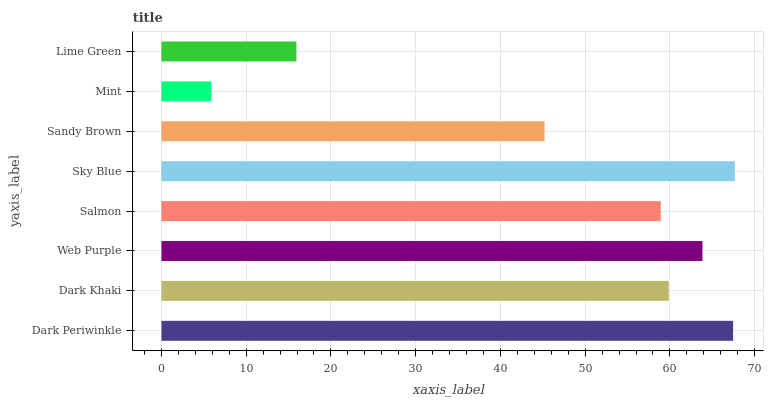
| yaxis_label | bars |
 | --- | --- |
 | Dark Periwinkle | 67.5 |
 | Dark Khaki | 59.9 |
 | Web Purple | 63.8 |
 | Salmon | 58.9 |
 | Sky Blue | 67.7 |
 | Sandy Brown | 45.2 |
 | Mint | 5.9 |
 | Lime Green | 15.9 |